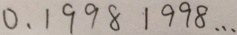
0 . 1 9 9 8 1 9 9 8 \cdots